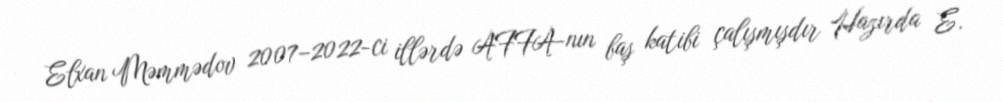
Elxan Məmmədov 2007–2022-ci illərdə AFFA-nın baş katibi çalışmışdır Hazırda E.